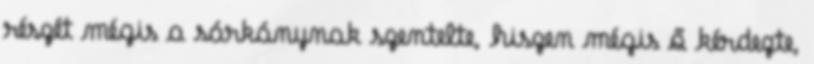
részét mégis a sárkánynak szentelte, hiszen mégis ő kérdezte,